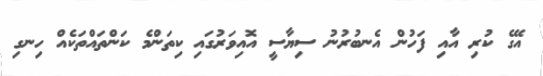
އޭގެ ކުރި އާއި ފަހުން އެނބުރުނު ސިޔާސީ އޮއިވަރުގައި ކިތަންމެ ކަންތައްތަކެއް ހިނގި